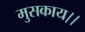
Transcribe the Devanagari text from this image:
मुसकाय।।